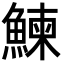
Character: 鰊